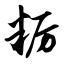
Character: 粝